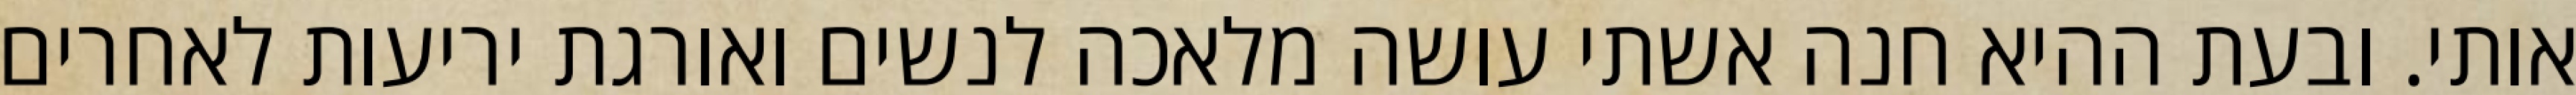
אותי. ובעת ההיא חנה אשתי עושה מלאכה לנשים ואורגת יריעות לאחרים